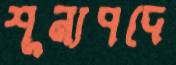
শূন্যপদে